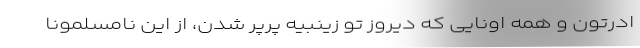
ادرتون و همه اونایی که دیروز تو زینبیه پَرپَر شدن، از این نامسلمونا